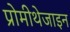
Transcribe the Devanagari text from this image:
प्रोमीथेजाइन